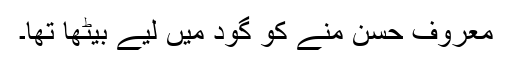
معروف حسن منے کو گود میں لیے بیٹھا تھا۔